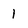
Character: 1